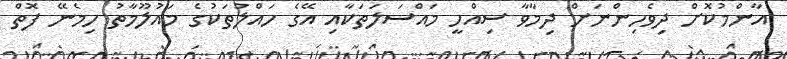
އާންމުކޮށް ދިވެހިންނަށް ދިމާވާ ސިއްހީ މައްސަލަތަކާއި އޭގެ ހައްލުތަކުގެ މައުލޫމާތު ހިމެނޭ ފޮތް